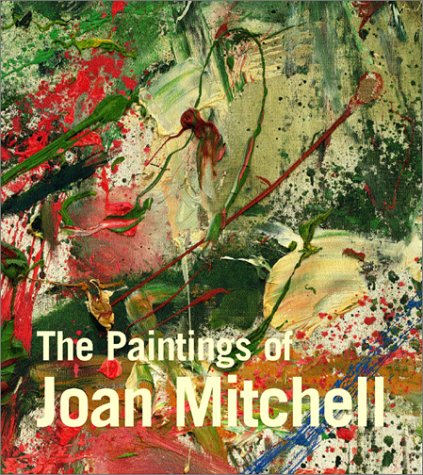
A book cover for The Paintings of Joan Mitchell; Jane Livingston; Arts & Photography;